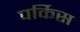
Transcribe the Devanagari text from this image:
पर्किस